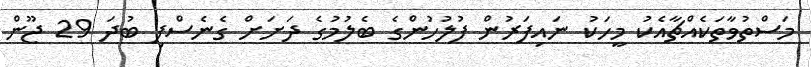
މަސްތުވާތަކެއްޗާއެކު މީހަކު ނަައިފަރުން ފުލުހުންގެ ބެލުމުގެ ދަށަށް ގެނެސްފި ބުދަ 29 ޖޫން